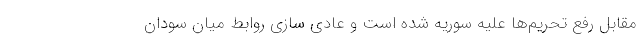
مقابل رفع تحریم‌ها علیه سوریه شده است و عادی سازی روابط میان سودان